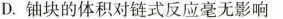
D.铀块的体积对链式反应毫无影响